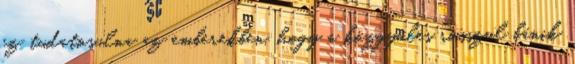
ez tudatosulna az emberekben, hogy a közgyűlés rosszul bánik